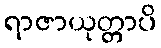
ရာဇာယုတ္တာပိ